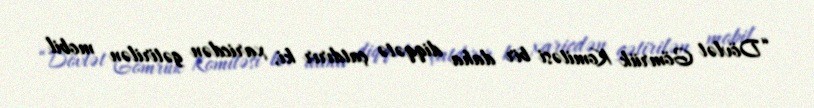
“Dövlət Gömrük Komitəsi bir daha diqqətə çatdırır ki, xaricdən gətirilən mobil